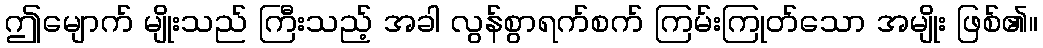
ဤမျောက် မျိုးသည် ကြီးသည့် အခါ လွန်စွာရက်စက် ကြမ်းကြုတ်သော အမျိုး ဖြစ်၏။